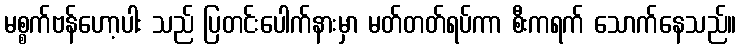
မစ္စက်ဗန်ဟော့ပါး သည် ပြတင်းပေါက်နားမှာ မတ်တတ်ရပ်ကာ စီးကရက် သောက်နေသည်။